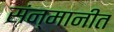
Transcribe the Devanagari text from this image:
संन्मानीत